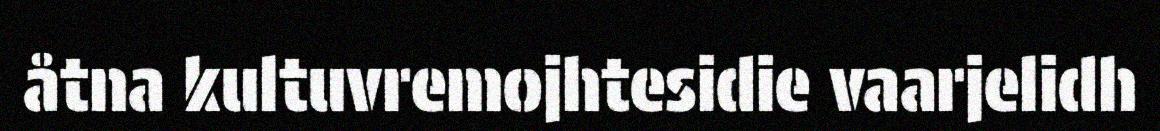
åtna kultuvremojhtesidie vaarjelidh